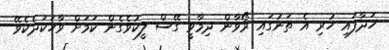
ހަދާފައި ހުރި އެ ތަނުގައި ރޯވާން ދިމާވީ ގޭސް ލީކުވެގެން ކަމަށް ވާހަކަދެކެވޭ